画像に写った文字を読んでください
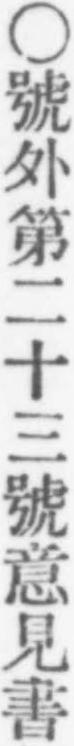
「○號外第二十三號意見書」と書いてあります